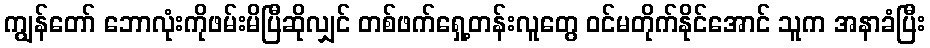
ကျွန်တော် ဘောလုံးကိုဖမ်းမိပြီဆိုလျှင် တစ်ဖက်ရှေ့တန်းလူတွေ ဝင်မတိုက်နိုင်အောင် သူက အနာခံပြီး